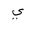
Letter: _ya